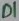
Text: DI